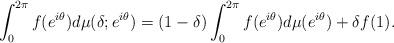
LaTeX: \begin{align*} \int_{0}^{2\pi} f(e^{i\theta}) d \mu(\delta;e^{i\theta}) = (1-\delta)\int_{0}^{2\pi} f(e^{i\theta}) d \mu(e^{i\theta}) + \delta f(1).\end{align*}